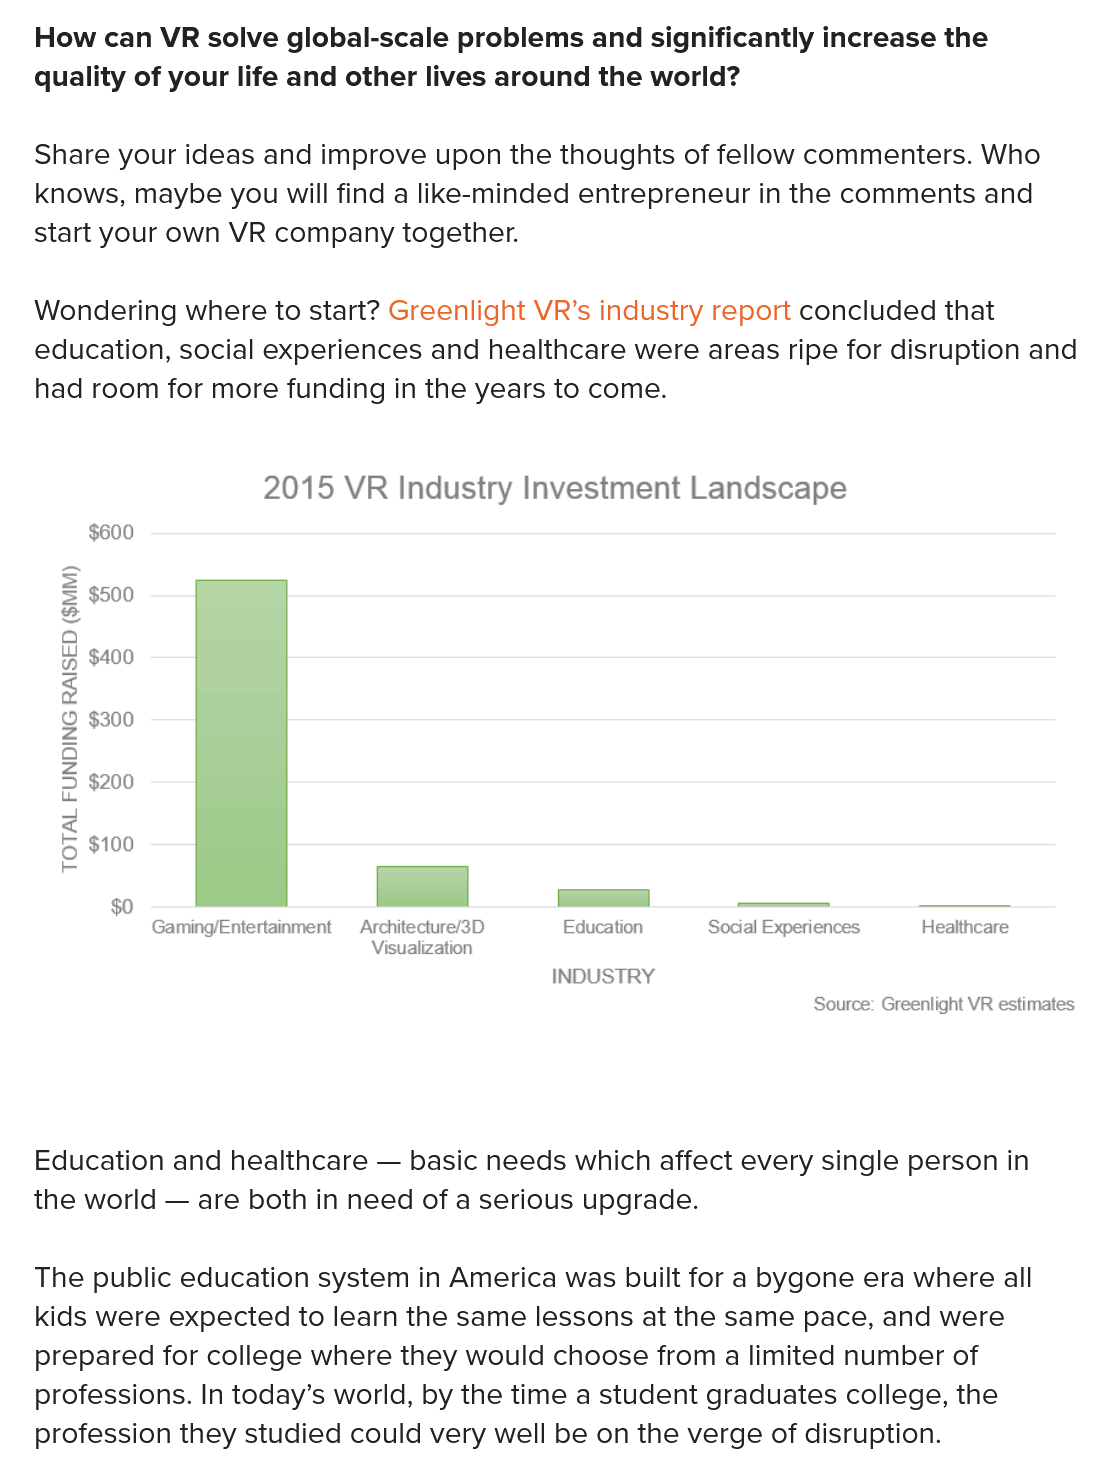
How can VR solve global-scale problems and significantly increase the
   quality of your life and other lives around the world?
     €
     8
     8
     S$
     8s
     8
     TOTAL
     FUNDING
     RAISED
     ($MM)
     8 So o
     2015 VR  Industry Investment Landscape

     Gaming/Entertainment
    —
     Architecture/3D Education Social Experiences. Healthcare
     Visualization

     INDUSTRY
     Source: Greenlight VR estimates
   Education and healthcare
     —
     basic needs which affect every single person in
   the world
     —  are both in need of a serious upgrade.
   The public education system in America was built for a bygone era where all
   kids were expected to learn the same lessons at the same pace, and were
   prepared for college where they would choose from a limited number of
   professions. In today’s world, by the time a student graduates college, the
   profession they studied could very well be on the verge of disruption.
   Share your ideas and improve upon the thoughts of fellow commenters. Who
   knows, maybe you will find a like-minded entrepreneur in the comments and
   start your own VR company together.
   Wondering where to start? Greenlight VR’s industry report concluded that
   education, social experiences and healthcare were areas ripe for disruption and
   had room for more funding in the years to come.